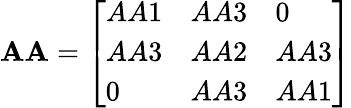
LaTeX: \mathbf{AA}={\left[\begin{array}{lll}{AA1}&{AA3}&{0}\\ {AA3}&{AA2}&{AA3}\\ {0}&{AA3}&{AA1}\end{array}\right]}